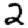
Digit: 2